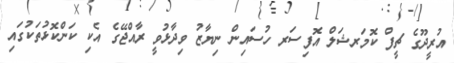
އުރީދޫގެ ޗީފް ކޮމަރޝަލް އޮފިސަރ ހުސައިން ނިޔާޒު ވިދާޅުވީ ރާއްޖޭގެ އެކި ކަންކޮޅުތަކުގައި